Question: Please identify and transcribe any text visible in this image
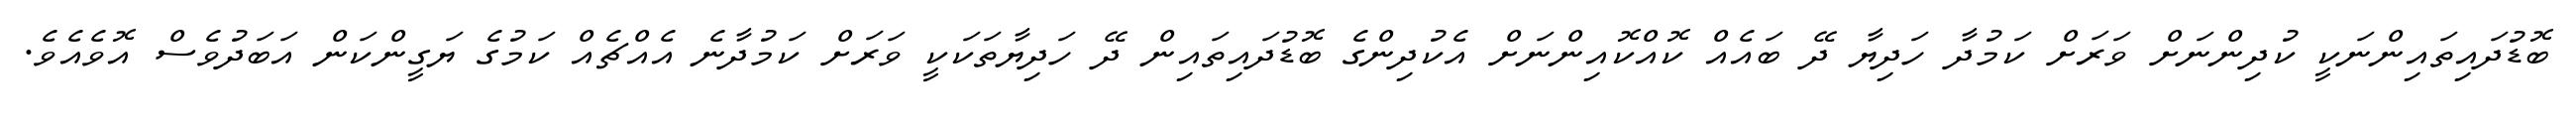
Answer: ބޮޑުދައިތައިންނަކީ ކުދިންނަށް ވަރަށް ކަމުދާ ހަދިޔާ ދޭ ބައެއް ކޮއްކޮއިންނަށް އެކުދިންގެ ބޮޑުދައިތައިން ދޭ ހަދިޔާތަކަކީ ވަރަށް ކަމުދާނެ އެއްޗެއް ކަމުގެ ޔަގީންކަން އަބަދުވެސް އޮވެއެވެ.